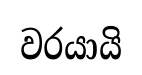
වරයායි